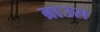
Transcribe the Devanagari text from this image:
ब्राउस